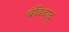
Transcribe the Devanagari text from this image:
बंदिदाद्